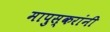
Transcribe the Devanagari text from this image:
मापुस्करांनी